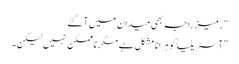
“ رمیز راجہ بھی میدان میں آ گئے
”آسٹریلیا کو ہرانا مشکل ہے مگر ناممکن نہیں لیکن۔